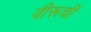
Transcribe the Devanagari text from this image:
वीरूची